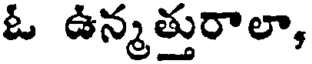
ఓ ఉన్మత్తురాలా,